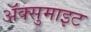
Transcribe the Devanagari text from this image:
अॅक्सुमाइट